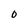
Character: 0